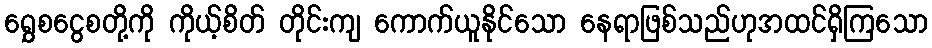
ရွှေစငွေစတို့ကို ကိုယ့်စိတ် တိုင်းကျ ကောက်ယူနိုင်သော နေရာဖြစ်သည်ဟုအထင်ရှိကြသော